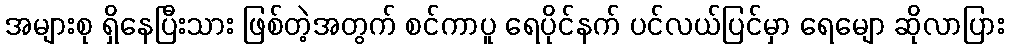
အများစု ရှိနေပြီးသား ဖြစ်တဲ့အတွက် စင်ကာပူ ရေပိုင်နက် ပင်လယ်ပြင်မှာ ရေမျော ဆိုလာပြား